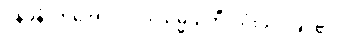
ပုနပ္ပနံ၊ တအော်လဲလဲ။ သမ္မသတီ၊ သုံးသပ်ခြင်၏။